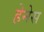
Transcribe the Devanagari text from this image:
हेनेस